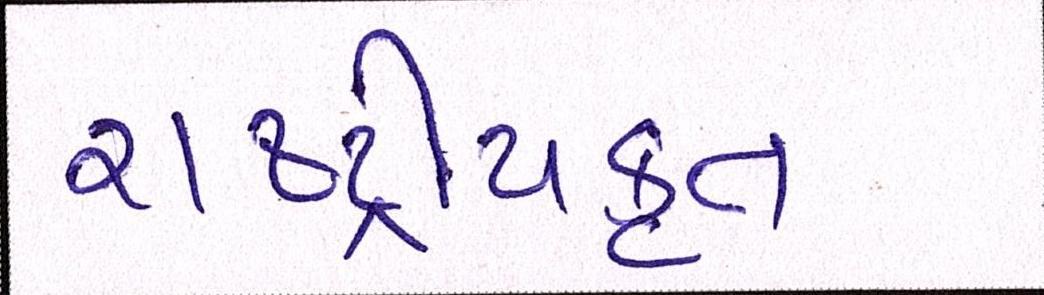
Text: રાષ્ટ્ર્રીયકૃત